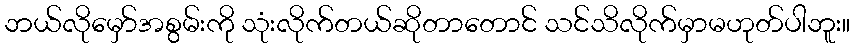
ဘယ်လိုမှော်အစွမ်းကို သုံးလိုက်တယ်ဆိုတာတောင် သင်သိလိုက်မှာမဟုတ်ပါဘူး။